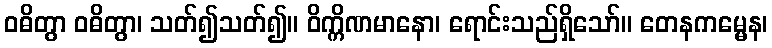
ဝဓိတွာ ဝဓိတွာ၊ သတ်၍သတ်၍။ ဝိက္ကိဏမာနော၊ ရောင်းသည်ရှိသော်။ တေနကမ္မေန၊